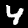
Label: 4